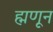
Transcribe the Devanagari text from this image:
ह्मणून